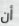
أن